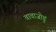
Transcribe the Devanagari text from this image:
वावाजोडुं